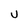
Character: U